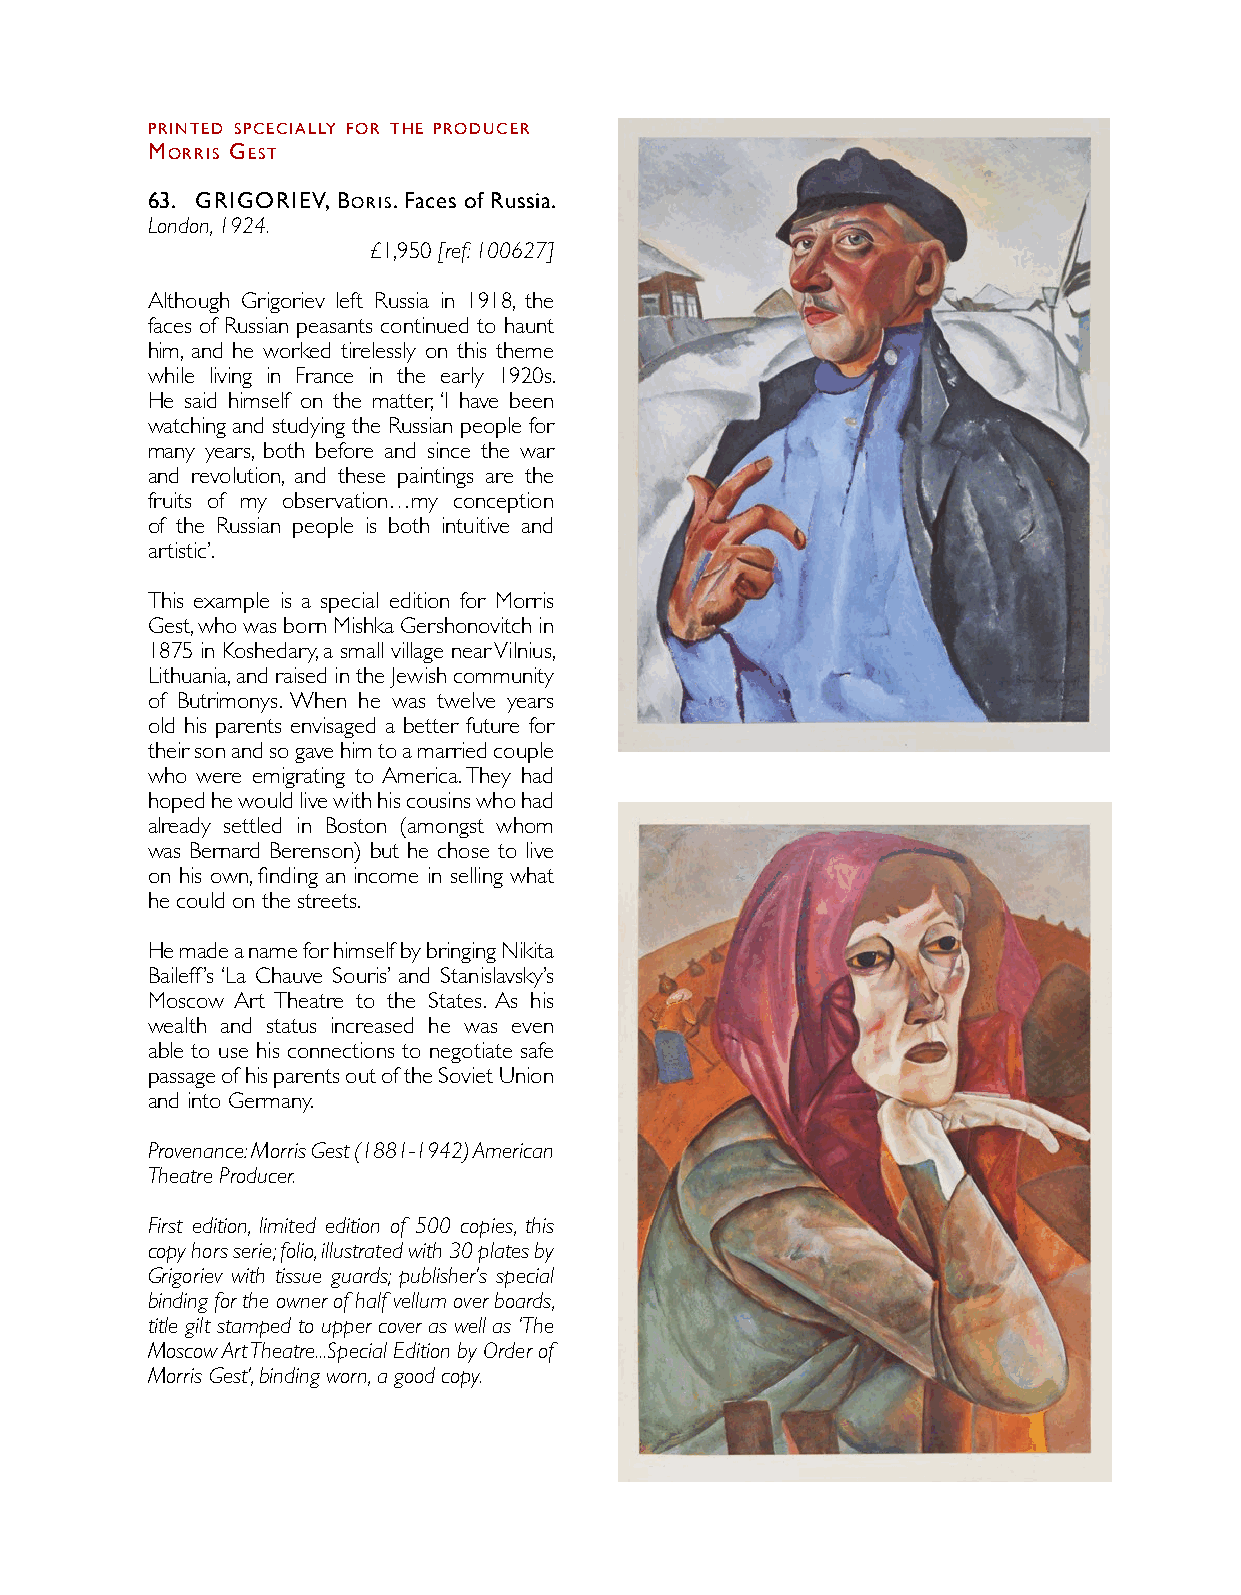
PrINTed SPcecIAllY for THe ProdUcer
 MorrIS geST
 6 3 . grIgorIeV, borIS. Faces of Russia.
 London, 1924.
 £1,950 [ref: 100627]
 Although Grigoriev left Russia in 1918, the
 faces of Russian peasants continued to haunt
 him, and he worked tirelessly on this theme
 while living in France in the early 1920s.
 He said himself on the matter, ‘I have been
 watching and studying the Russian people for
 many years, both before and since the war
 and revolution, and these paintings are the
 fruits of my observation…my conception
 of the Russian people is both intuitive and
 artistic’.
 This example is a special edition for Morris
 Gest, who was born Mishka Gershonovitch in
 1875 in Koshedary, a small village near Vilnius,
 Lithuania, and raised in the Jewish community
 of Butrimonys. When he was twelve years
 old his parents envisaged a better future for
 their son and so gave him to a married couple
 who were emigrating to America. They had
 hoped he would live with his cousins who had
 already settled in Boston (amongst whom
 was Bernard Berenson) but he chose to live
 on his own, finding an income in selling what
 he could on the streets.
 He made a name for himself by bringing Nikita
 Baileff’s ‘La Chauve Souris’ and Stanislavsky’s
 Moscow Art Theatre to the States. As his
 wealth and status increased he was even
 able to use his connections to negotiate safe
 passage of his parents out of the Soviet Union
 and into Germany.
 Provenance: Morris Gest (1881-1942) American
 Theatre Producer.
 First edition, limited edition of 500 copies, this
 copy hors serie; folio, illustrated with 30 plates by
 Grigoriev with tissue guards; publisher’s special
 binding for the owner of half vellum over boards,
 title gilt stamped to upper cover as well as ‘The
 Moscow Art Theatre...Special Edition by Order of
 Morris Gest’, binding worn, a good copy.
 Shapero Rare Books 55